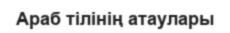
Араб тілінің атаулары